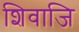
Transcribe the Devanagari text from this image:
शिवाजि